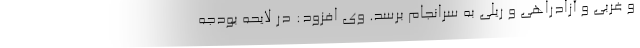
و غربی و آزادراهی و ریلی به سرانجام برسد. وی افزود: در لایحه بودجه